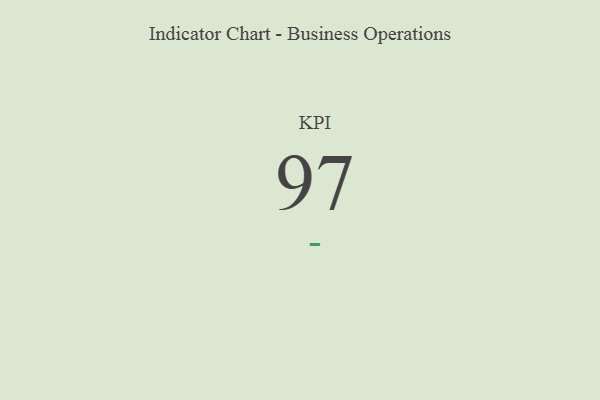
{"axis": {"x": "KPI", "y": "Value"}, "legend": [""], "data": [{"x": "KPI", "y": 97, "type": ""}]}